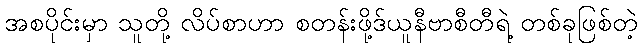
အစပိုင်းမှာ သူတို့ လိပ်စာဟာ စတန်းဖို့ဒ်ယူနီဗာစီတီရဲ့ တစ်ခုဖြစ်တဲ့